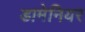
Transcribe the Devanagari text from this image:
डामेनियर